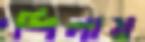
শিলায়